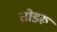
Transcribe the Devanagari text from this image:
तोडरू